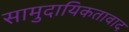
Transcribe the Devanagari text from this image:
सामुदायिकतावाद